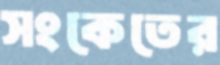
সংকেতের